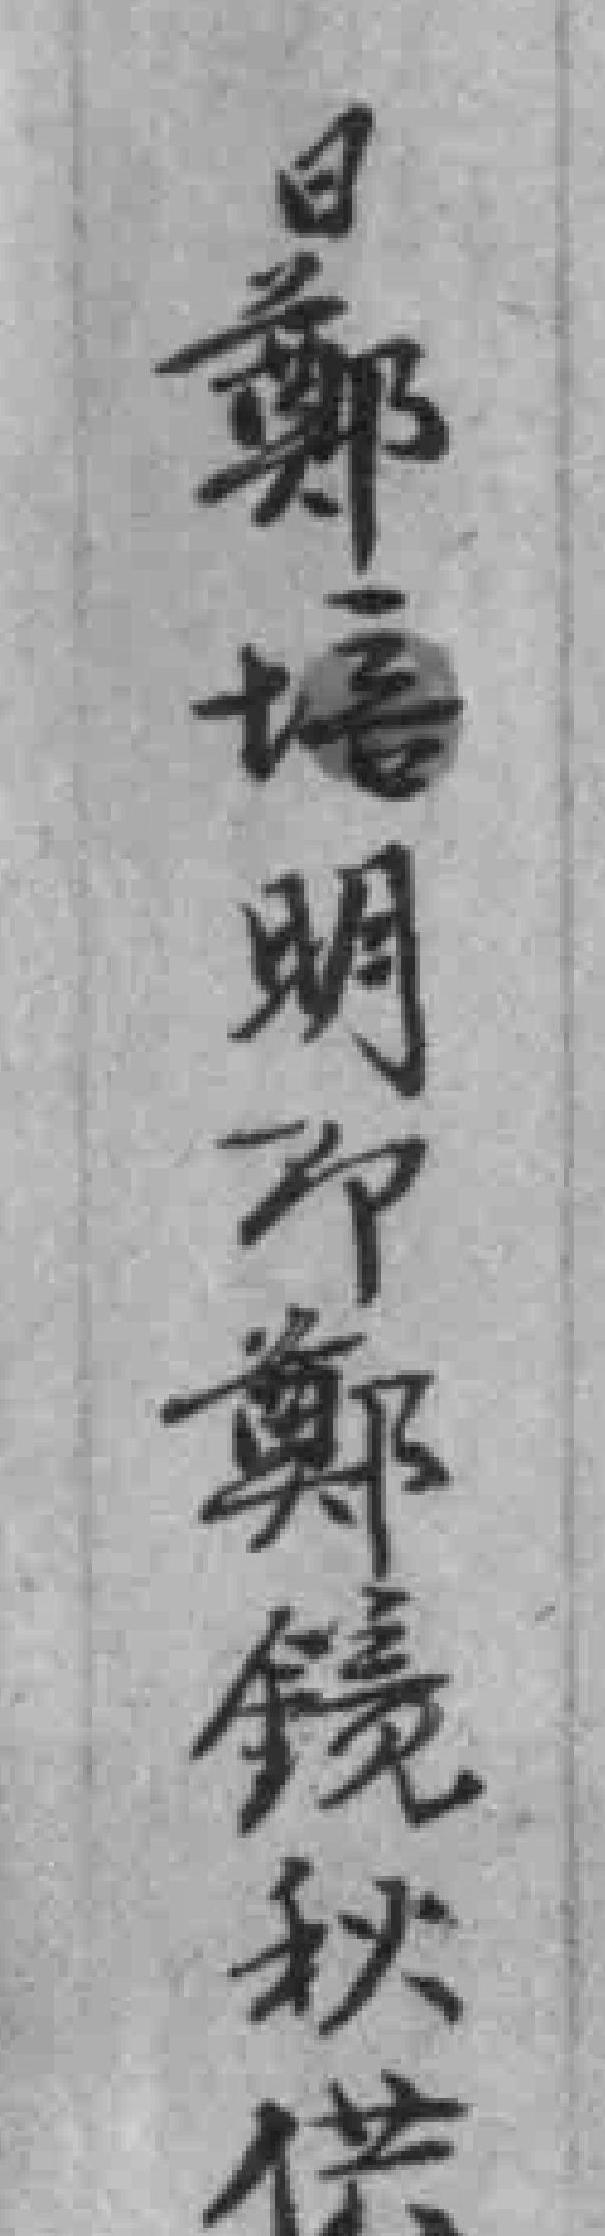
日鄭培明即鄭镜秋供